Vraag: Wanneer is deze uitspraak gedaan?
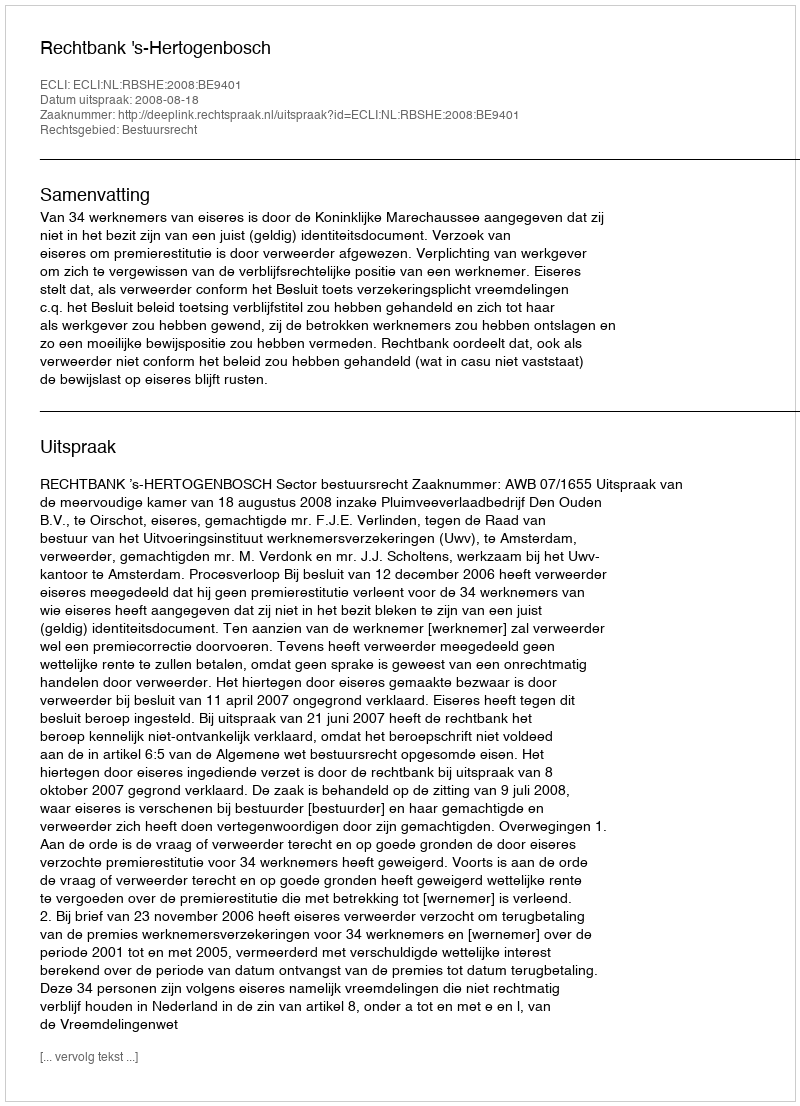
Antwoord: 2008-08-18